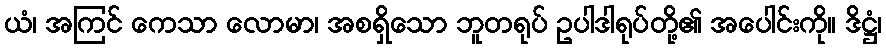
ယံ၊ အကြင် ကေသာ လောမာ၊ အစရှိသော ဘူတရုပ် ဥပါဒါရုပ်တို့၏ အပေါင်းကို။ ဒိဋ္ဌံ၊